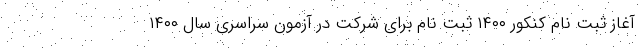
آغاز ثبت نام کنکور ۱۴۰۰ ثبت نام برای شرکت در آزمون سراسری سال ۱۴۰۰